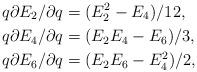
LaTeX: \begin{align*}q \partial{E_2}/\partial q &= (E_2^2 - E_4)/12, \\q \partial{E_4}/\partial q &= (E_2 E_4 - E_6)/3, \\q \partial{E_6}/\partial q &= (E_2 E_6 - E_4^2)/2,\end{align*}